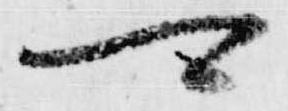
可